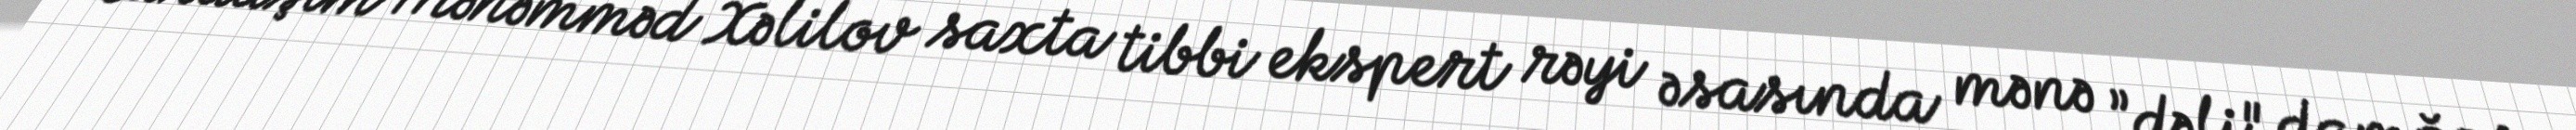
Qardaşım Məhəmməd Xəlilov saxta tibbi ekspert rəyi əsasında mənə ”dəli" damğası